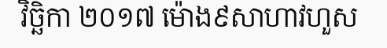
វិច្ឆិកា ២០១៧ ម៉ោង៩សាហាវហួស